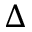
\Delta